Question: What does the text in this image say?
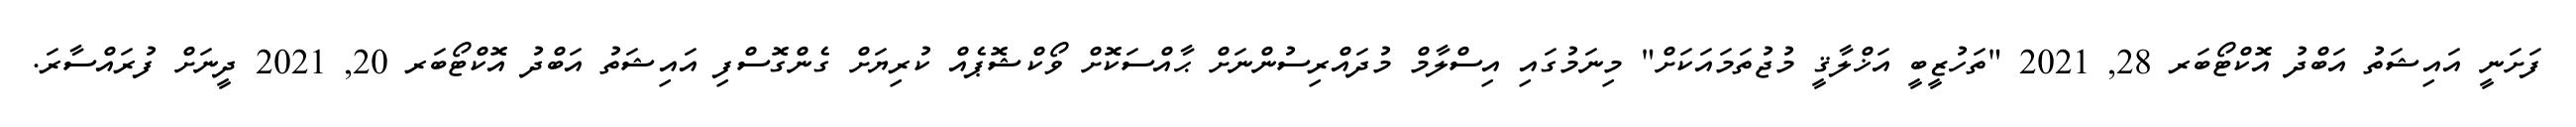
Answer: ފަށަނީ އައިޝަތު އަބްދު އޮކްޓޯބަރ 28, 2021 "ތަހުޒީބީ އަޚްލާޤީ މުޖުތަމައަކަށް" މިނަމުގައި އިސްލާމް މުދައްރިސުންނަށް ޙާއްސަކޮށް ވޯކްޝޮޕެއް ކުރިޔަށް ގެންގޮސްފި އައިޝަތު އަބްދު އޮކްޓޯބަރ 20, 2021 ދީނަށް ފުރައްސާރަ.